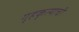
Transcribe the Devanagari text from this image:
गृहकृत्याची